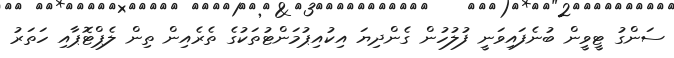
ސަންގު ޓީވީން ބުނެފައިވަނީ ފުލުހުން ގެންދިޔަ އިކުއިޕުމަންޓުތަކުގެ ތެރެއިން ތިން ލެޕްޓޮޕާއި ހަތަރު